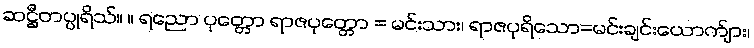
ဆဋ္ဌီတပ္ပုရိသ်။ ။ ရညော ပုတ္တော ရာဇပုတ္တော = မင်းသား၊ ရာဇပုရိသော=မင်းချင်းယောက်ျား၊